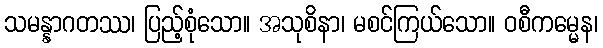
သမန္နာဂတဿ၊ ပြည့်စုံသော။ အသုစိနာ၊ မစင်ကြယ်သော။ ဝစီကမ္မေန၊